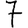
Digit: 7